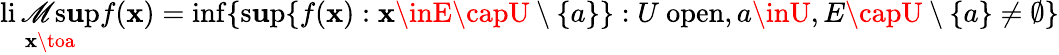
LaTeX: \operatorname*{li\mathscr{M}s\mathbf{u}p}_{\mathbf{x}\toa}f(\mathbf{x})=\operatorname*{inf}\{ \operatorname*{s\mathbf{u}p}\{ f(\mathbf{x}):\mathbf{x}\inE\capU\setminus\{ a\} \} :U\ \mathrm{{open}},a\inU,E\capU\setminus\{ a\} \neq\emptyset\}